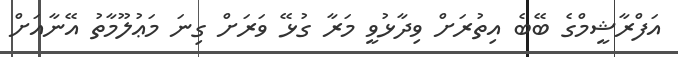
އަފްރާޝީމްގެ ބޭބެ އިތުރަށް ވިދާޅުވީ މަރާ ގުޅޭ ވަރަށް ގިނަ މަޢުލޫމާތު އޭނާއަށް